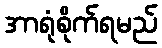
အာရုံစိုက်ရမည်